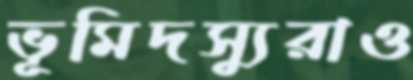
ভূমিদস্যুরাও